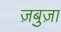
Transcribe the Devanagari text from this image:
ज़बुज़ा